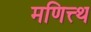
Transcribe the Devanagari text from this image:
मणित्त्थ